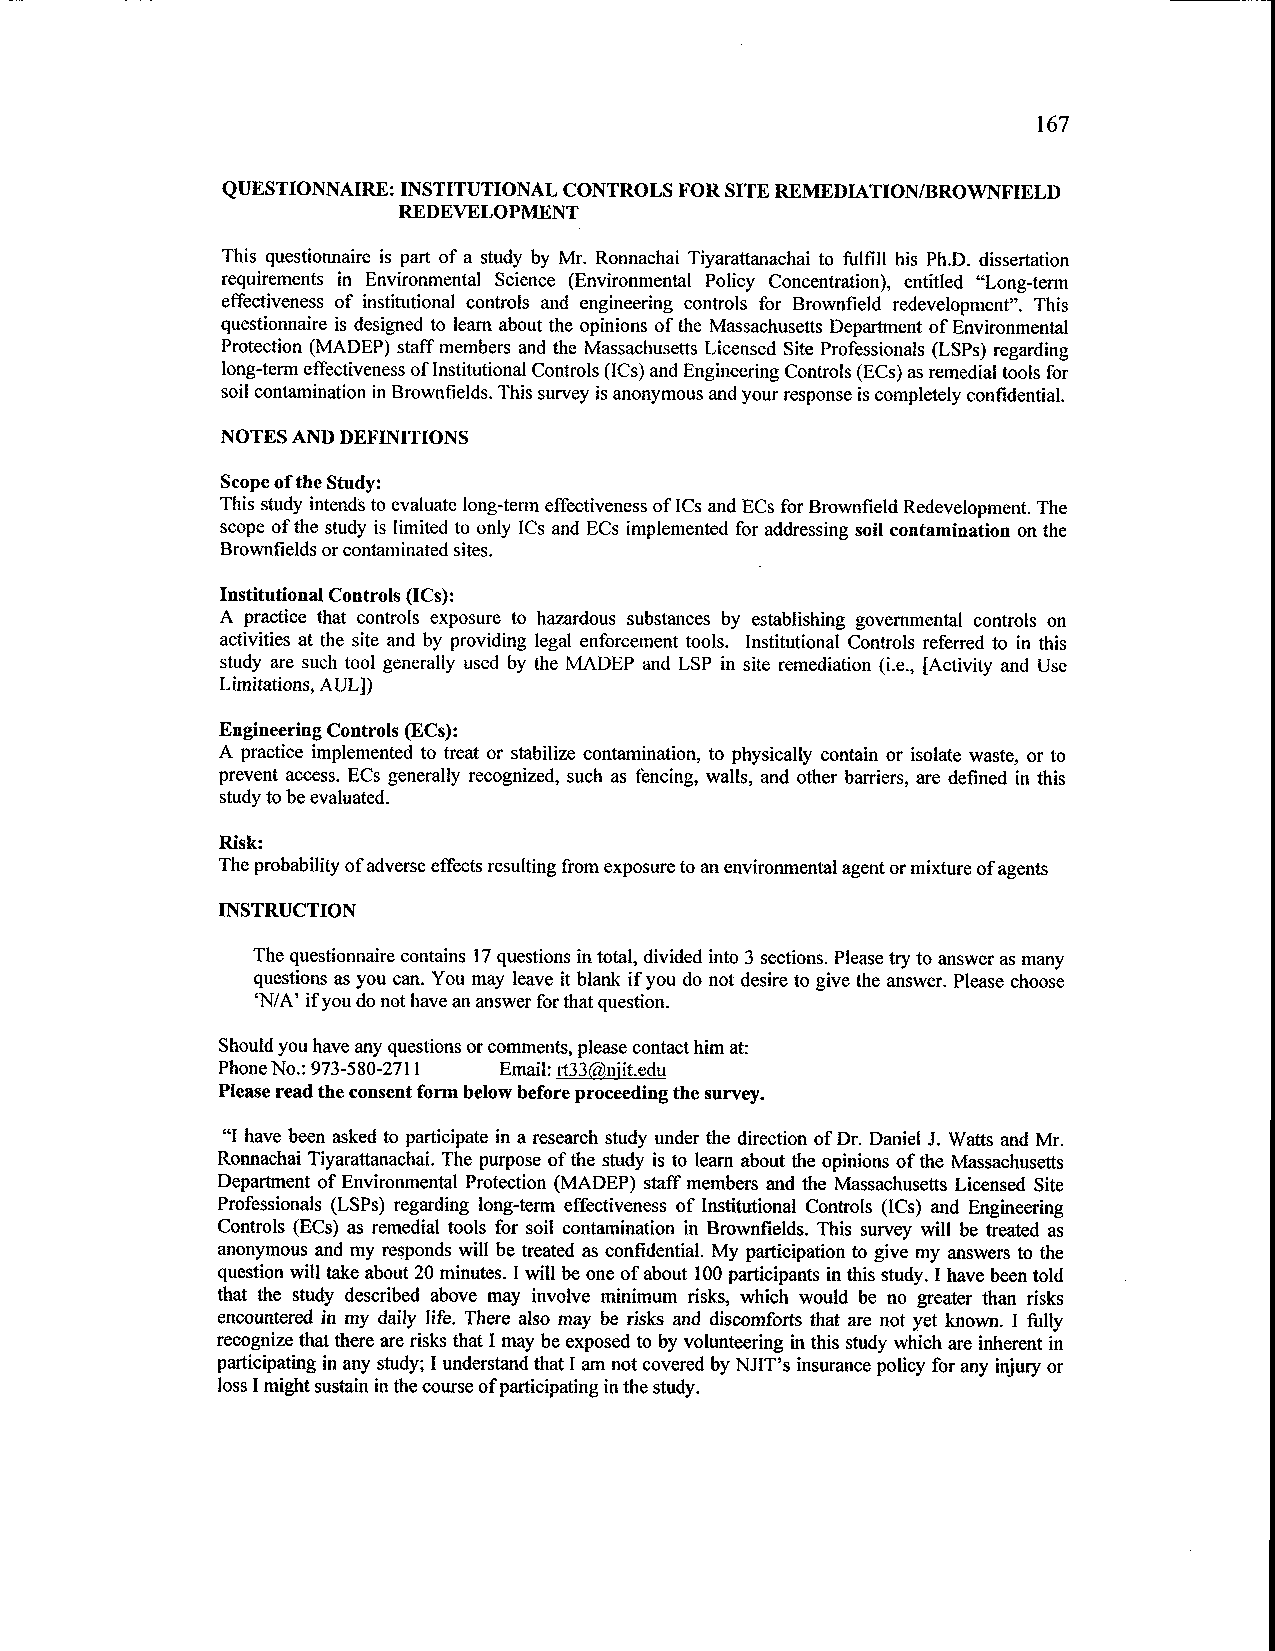
167
 QUESTIONNAIRE: INSTITUTIONAL CONTROLS FOR SITE REMEDIATION/BROWNFIELD
 REDEVELOPMENT
 This questionnaire is part of a study by Mr. Ronnachai Tiyarattanachai to fulfill his Ph.D. dissertation
 requirements in Environmental Science (Environmental Policy Concentration), entitled "Long-term
 effectiveness of institutional controls and engineering controls for Brownfield redevelopment". This
 questionnaire is designed to learn about the opinions of the Massachusetts Department of Environmental
 Protection (MADEP) staff members and the Massachusetts Licensed Site Professionals (LSPs) regarding
 long-term effectiveness of Institutional Controls (ICs) and Engineering Controls (ECs) as remedial tools for
 soil contamination in Brownfields. This survey is anonymous and your response is completely confidential.
 NOTES AND DEFINITIONS
 Scope of the Study:
 This study intends to evaluate long-term effectiveness of ICs and ECs for Brownfield Redevelopment. The
 scope of the study is limited to only ICs and ECs implemented for addressing soil contamination on the
 Brownfields or contaminated sites.
 Institutional Controls (ICs):
 A practice that controls exposure to hazardous substances by establishing governmental controls on
 activities at the site and by providing legal enforcement tools. Institutional Controls referred to in this
 study are such tool generally used by the MADEP and LSP in site remediation (i.e., [Activity and Use
 Limitations, AULD
 Engineering Controls (ECs):
 A practice implemented to treat or stabilize contamination, to physically contain or isolate waste, or to
 prevent access. ECs generally recognized, such as fencing, walls, and other barriers, are defined in this
 study to be evaluated.
 Risk:
 The probability of adverse effects resulting from exposure to an environmental agent or mixture of agents
 INSTRUCTION
 The questionnaire contains 17 questions in total, divided into 3 sections. Please try to answer as many
 questions as you can. You may leave it blank if you do not desire to give the answer. Please choose
 'N/A' if you do not have an answer for that question.
 Should you have any questions or comments, please contact him at:
 Phone No.: 973-580-2711 Email: rt33@njit.edu
 Please read the consent form below before proceeding the survey.
 "I have been asked to participate in a research study under the direction of Dr. Daniel J. Watts and Mr.
 Ronnachai Tiyarattanachai. The purpose of the study is to learn about the opinions of the Massachusetts
 Department of Environmental Protection (MADEP) staff members and the Massachusetts Licensed Site
 Professionals (LSPs) regarding long-term effectiveness of Institutional Controls (ICs) and Engineering
 Controls (ECs) as remedial tools for soil contamination in Brownfields. This survey will be treated as
 anonymous and my responds will be treated as confidential. My participation to give my answers to the
 question will take about 20 minutes. I will be one of about 100 participants in this study. I have been told
 that the study described above may involve minimum risks, which would be no greater than risks
 encountered in my daily life. There also may be risks and discomforts that are not yet known. I fully
 recognize that there are risks that I may be exposed to by volunteering in this study which are inherent in
 participating in any study; I understand that I am not covered by NJIT's insurance policy for any injury or
 loss I might sustain in the course of participating in the study.